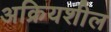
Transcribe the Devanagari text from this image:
अक्रियशील